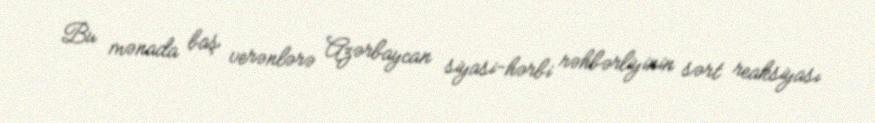
Bu mənada baş verənlərə Azərbaycan siyasi-hərbi rəhbərliyinin sərt reaksiyası